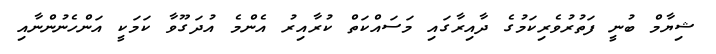
ޝިޔާމް ބުނީ ފަތުރުވެރިކަމުގެ ދާއިރާގައި މަސައްކަތް ކުރާއިރު އެންމެ އުދަގޫވާ ކަމަކީ އަންހެނުންނާއި